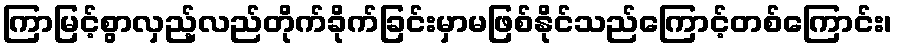
ကြာမြင့်စွာလှည့်လည်တိုက်ခိုက်ခြင်းမှာမဖြစ်နိုင်သည်ကြောင့်တစ်ကြောင်း၊